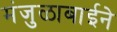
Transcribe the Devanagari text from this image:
मंजुळाबाईने